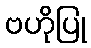
ဗဟိုပြု